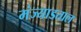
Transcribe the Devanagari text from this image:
मंज्याडताल